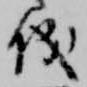
儀